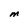
Character: M